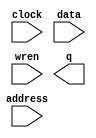
module card_5 (
	address,
	clock,
	data,
	wren,
	q);

	input	[9:0]  address;
	input	  clock;
	input	[8:0]  data;
	input	  wren;
	output	[8:0]  q;
`ifndef ALTERA_RESERVED_QIS
// synopsys translate_off
`endif
	tri1	  clock;
`ifndef ALTERA_RESERVED_QIS
// synopsys translate_on
`endif

endmodule